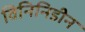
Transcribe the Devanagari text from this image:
विनिनिडीन